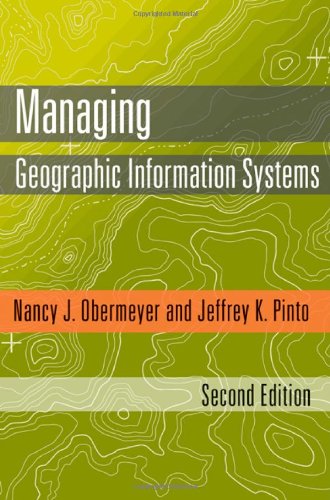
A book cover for Managing Geographic Information Systems, Second Edition; Nancy J. Obermeyer Phd; Science & Math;